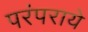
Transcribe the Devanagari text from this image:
परंपराये